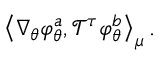
\left\langle \nabla _ { \theta } \varphi _ { \theta } ^ { a } , \mathcal { T } ^ { \tau } \varphi _ { \theta } ^ { b } \right\rangle _ { \mu } .